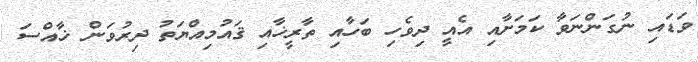
ވަަޑައި ނުގަންނަވާ ކަމަށާއި އެއީ ދިވެހި ބަހާއި ތާރީޚާއި ޤައުމިއްޔަތު ދިރުވަން ޚާއްސަ